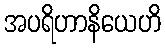
အပရိဟာနိယေဟိ